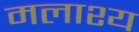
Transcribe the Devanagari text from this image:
मलाश्य